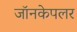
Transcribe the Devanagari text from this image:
जॉनकेपलर